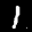
Label: 1